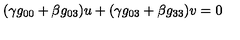
( \gamma g _ { 0 0 } + \beta g _ { 0 3 } ) u + ( \gamma g _ { 0 3 } + \beta g _ { 3 3 } ) v = 0